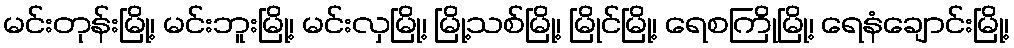
မင်းတုန်းမြို့၊ မင်းဘူးမြို့၊ မင်းလှမြို့၊ မြို့သစ်မြို့၊ မြိုင်မြို့၊ ရေစကြိုမြို့၊ ရေနံချောင်းမြို့၊